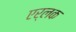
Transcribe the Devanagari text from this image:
एर्लक